Report of the Indian Hemp Drugs Commission, 1894-1895 - Volume VIII
Year: 1894
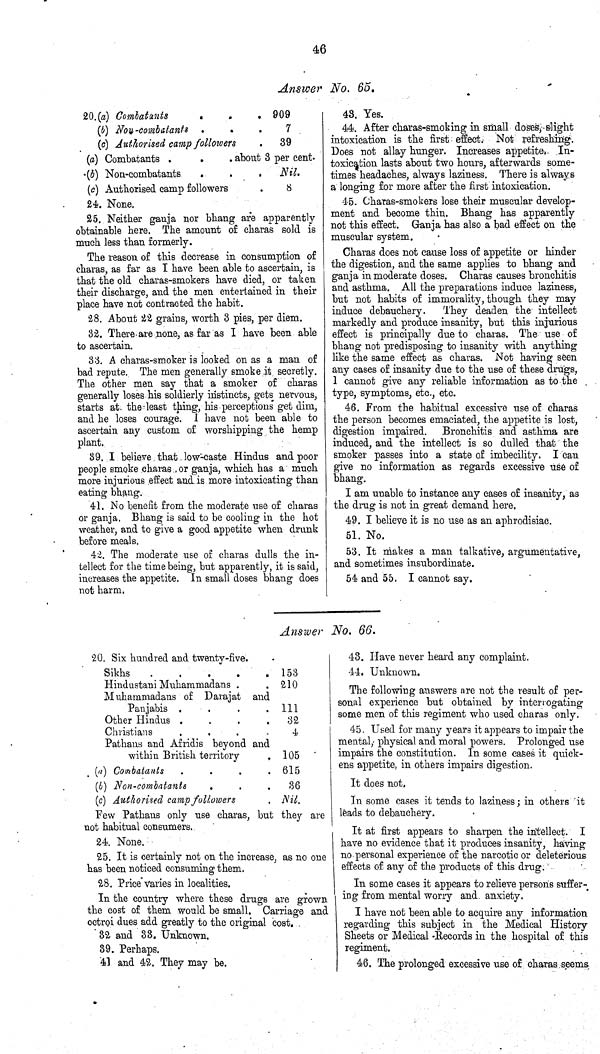
46
Answer No. 65.
20. (a) Combatants
909
(b) Non -combatants
7
(c) Authorised camp followers
39
(a) Combatants
about 3 per cent.
(b) Non-combatants
Nil.
(c) Authorised camp followers
8
24. None.
25. Neither ganja nor bhang are apparently
obtainable here. The amount of charas sold is
much less than formerly.
The reason of this decrease in consumption of
charas, as far as I have been able to ascertain, is
that the old charas-smokers have died, or taken
their discharge, and the men entertained in their
place have not contracted the habit.
28. About 22 grains, worth 3 pies, per diem.
32. There are none, as far as I have been able
to ascertain.
33. A charas-smoker is looked on as a man of
bad repute. The men generally smoke it secretly.
The other men say that a smoker of charas
generally loses his soldierly instincts, gets nervous,
starts at the least thing, his perceptions get dim,
and he loses courage. I have not been able to
ascertain any custom of worshipping the hemp
plant.
39. I believe that low-caste Hindus and poor
people smoke charas or ganja, which has a much
more injurious effect and is more intoxicating than
eating bhang.
41. No benefit from the moderate use of charas
or ganja. Bhang is said to be cooling in the hot
weather, and to give a good appetite when drunk
before meals.
42. The moderate use of charas dulls the in-
tellect for the time being, but apparently, it is said,
increases the appetite. In small doses bhang does
not harm.
43. Yes.
44. After charas-smoking in small doses, slight
intoxication is the first effect. Not refreshing.
Does not allay hunger. Increases appetite. In-
toxication lasts about two hours, afterwards some-
times headaches, always laziness. There is always
a longing for more after the first intoxication.
45. Charas-smokers lose their muscular develop-
ment and become thin. Bhang has apparently
not this effect. Ganja has also a bad effect on the
muscular system.
Charas does not cause loss of appetite or hinder
the digestion, and the same applies to bhang and
ganja in moderate doses. Charas causes bronchitis
and asthma. All the preparations induce laziness,
but not habits of immorality, though they may
induce debauchery.
They deaden the intellect
markedly and produce insanity, but this injurious
effect is principally due to charas. The use of
bhang not predisposing to insanity with anything
like the same effect as charas. Not having seen
any cases of insanity due to the use of these drugs,
I cannot give any reliable information as to the
type, symptoms, etc., etc.
46. From the habitual excessive use of charas
the person becomes emaciated, the appetite is lost,
digestion impaired. Bronchitis and asthma are
induced, and the intellect is so dulled that the
smoker passes into a state of imbecility. I can
give no information as regards excessive use of
bhang.
I am unable to instance any cases of insanity, as
the drug is not in great demand here.
49. I believe it is no use as an aphrodisiac.
51. No.
53. It makes a man talkative, argumentative,
and sometimes insubordinate.
54 and 55. I cannot say.
Answer No. 66.
20. Six hundred and twenty-five.
Sikhs
153
Hindustani Muhammadans
210
Muhammadans of Darajat and
Panjabis
111
Other Hindus
32
Christians
4
Pathans and Afridis beyond and
within British territory
105
(a) Combatants
615
(b) Non-combatants
36
(c) Authorised camp followers
Nil.
Few Pathans only use charas, but they are
not habitual consumers.
24. None.
25. It is certainly not on the increase, as no one
has been noticed consuming them.
28. Price varies in localities.
In the country where these drugs are grown
the cost of them would be small. Carriage and
octroi dues add greatly to the original cost.
32 and 33. Unknown.
39. Perhaps.
41 and 42. They may be.
43. Have never heard any complaint.
44. Unknown.
The following answers are not the result of per-
sonal experience but obtained by interrogating
some men of this regiment who used charas only.
45. Used for many years it appears to impair the
mental, physical and moral powers. Prolonged use
impairs the constitution. In some cases it quick-
ens appetite, in others impairs digestion.
It does not.
In some cases it tends to laziness; in others it
leads to debauchery.
It at first appears to sharpen the intellect. I
have no evidence that it produces insanity, having
no personal experience of the narcotic or deleterious
effects of any of the products of this drug.
In some cases it appears to relieve persons suffer-
ing from mental worry and anxiety.
I have not been able to acquire any information
regarding this subject in the Medical History
Sheets or Medical Records in the hospital of this
regiment.
46. The prolonged excessive use of charas seems